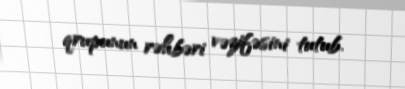
qrupunun rəhbəri vəzifəsini tutub.